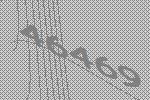
46469